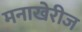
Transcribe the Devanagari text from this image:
मनाखेरीज